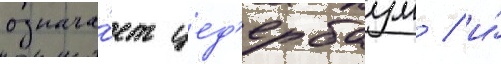
означа́ет цед'ербаум / и́